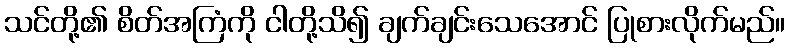
သင်တို့၏ စိတ်အကြံကို ငါတို့သိ၍ ချက်ချင်းသေအောင် ပြုစားလိုက်မည်။